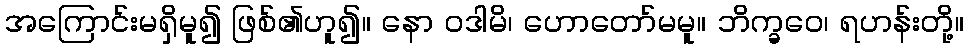
အကြောင်းမရှိမူ၍ ဖြစ်၏ဟူ၍။ နော ဝဒါမိ၊ ဟောတော်မမူ။ ဘိက္ခဝေ၊ ရဟန်းတို့။